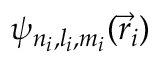
\psi _ { n _ { i } , l _ { i } , m _ { i } } ( { \vec { r } } _ { i } )